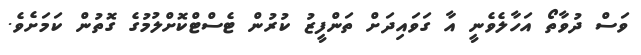
ވަސް ދުވާތޯ އަހާލެވެނީ އާ ގަވައިދަށް ތަންފީޒު ކުރުން ޓެސްޓްކޮށްލުމުގެ ގޮތުން ކަމަށެވެ.